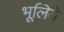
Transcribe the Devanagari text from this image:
भूलिये